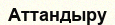
Аттандыру